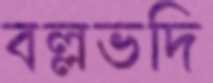
বল্লভদি